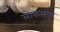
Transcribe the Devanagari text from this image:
लोकसपुर